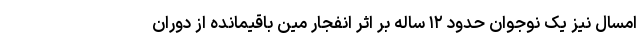
امسال نیز یک نوجوان حدود ۱۲ ساله بر اثر انفجار مین باقیمانده از دوران